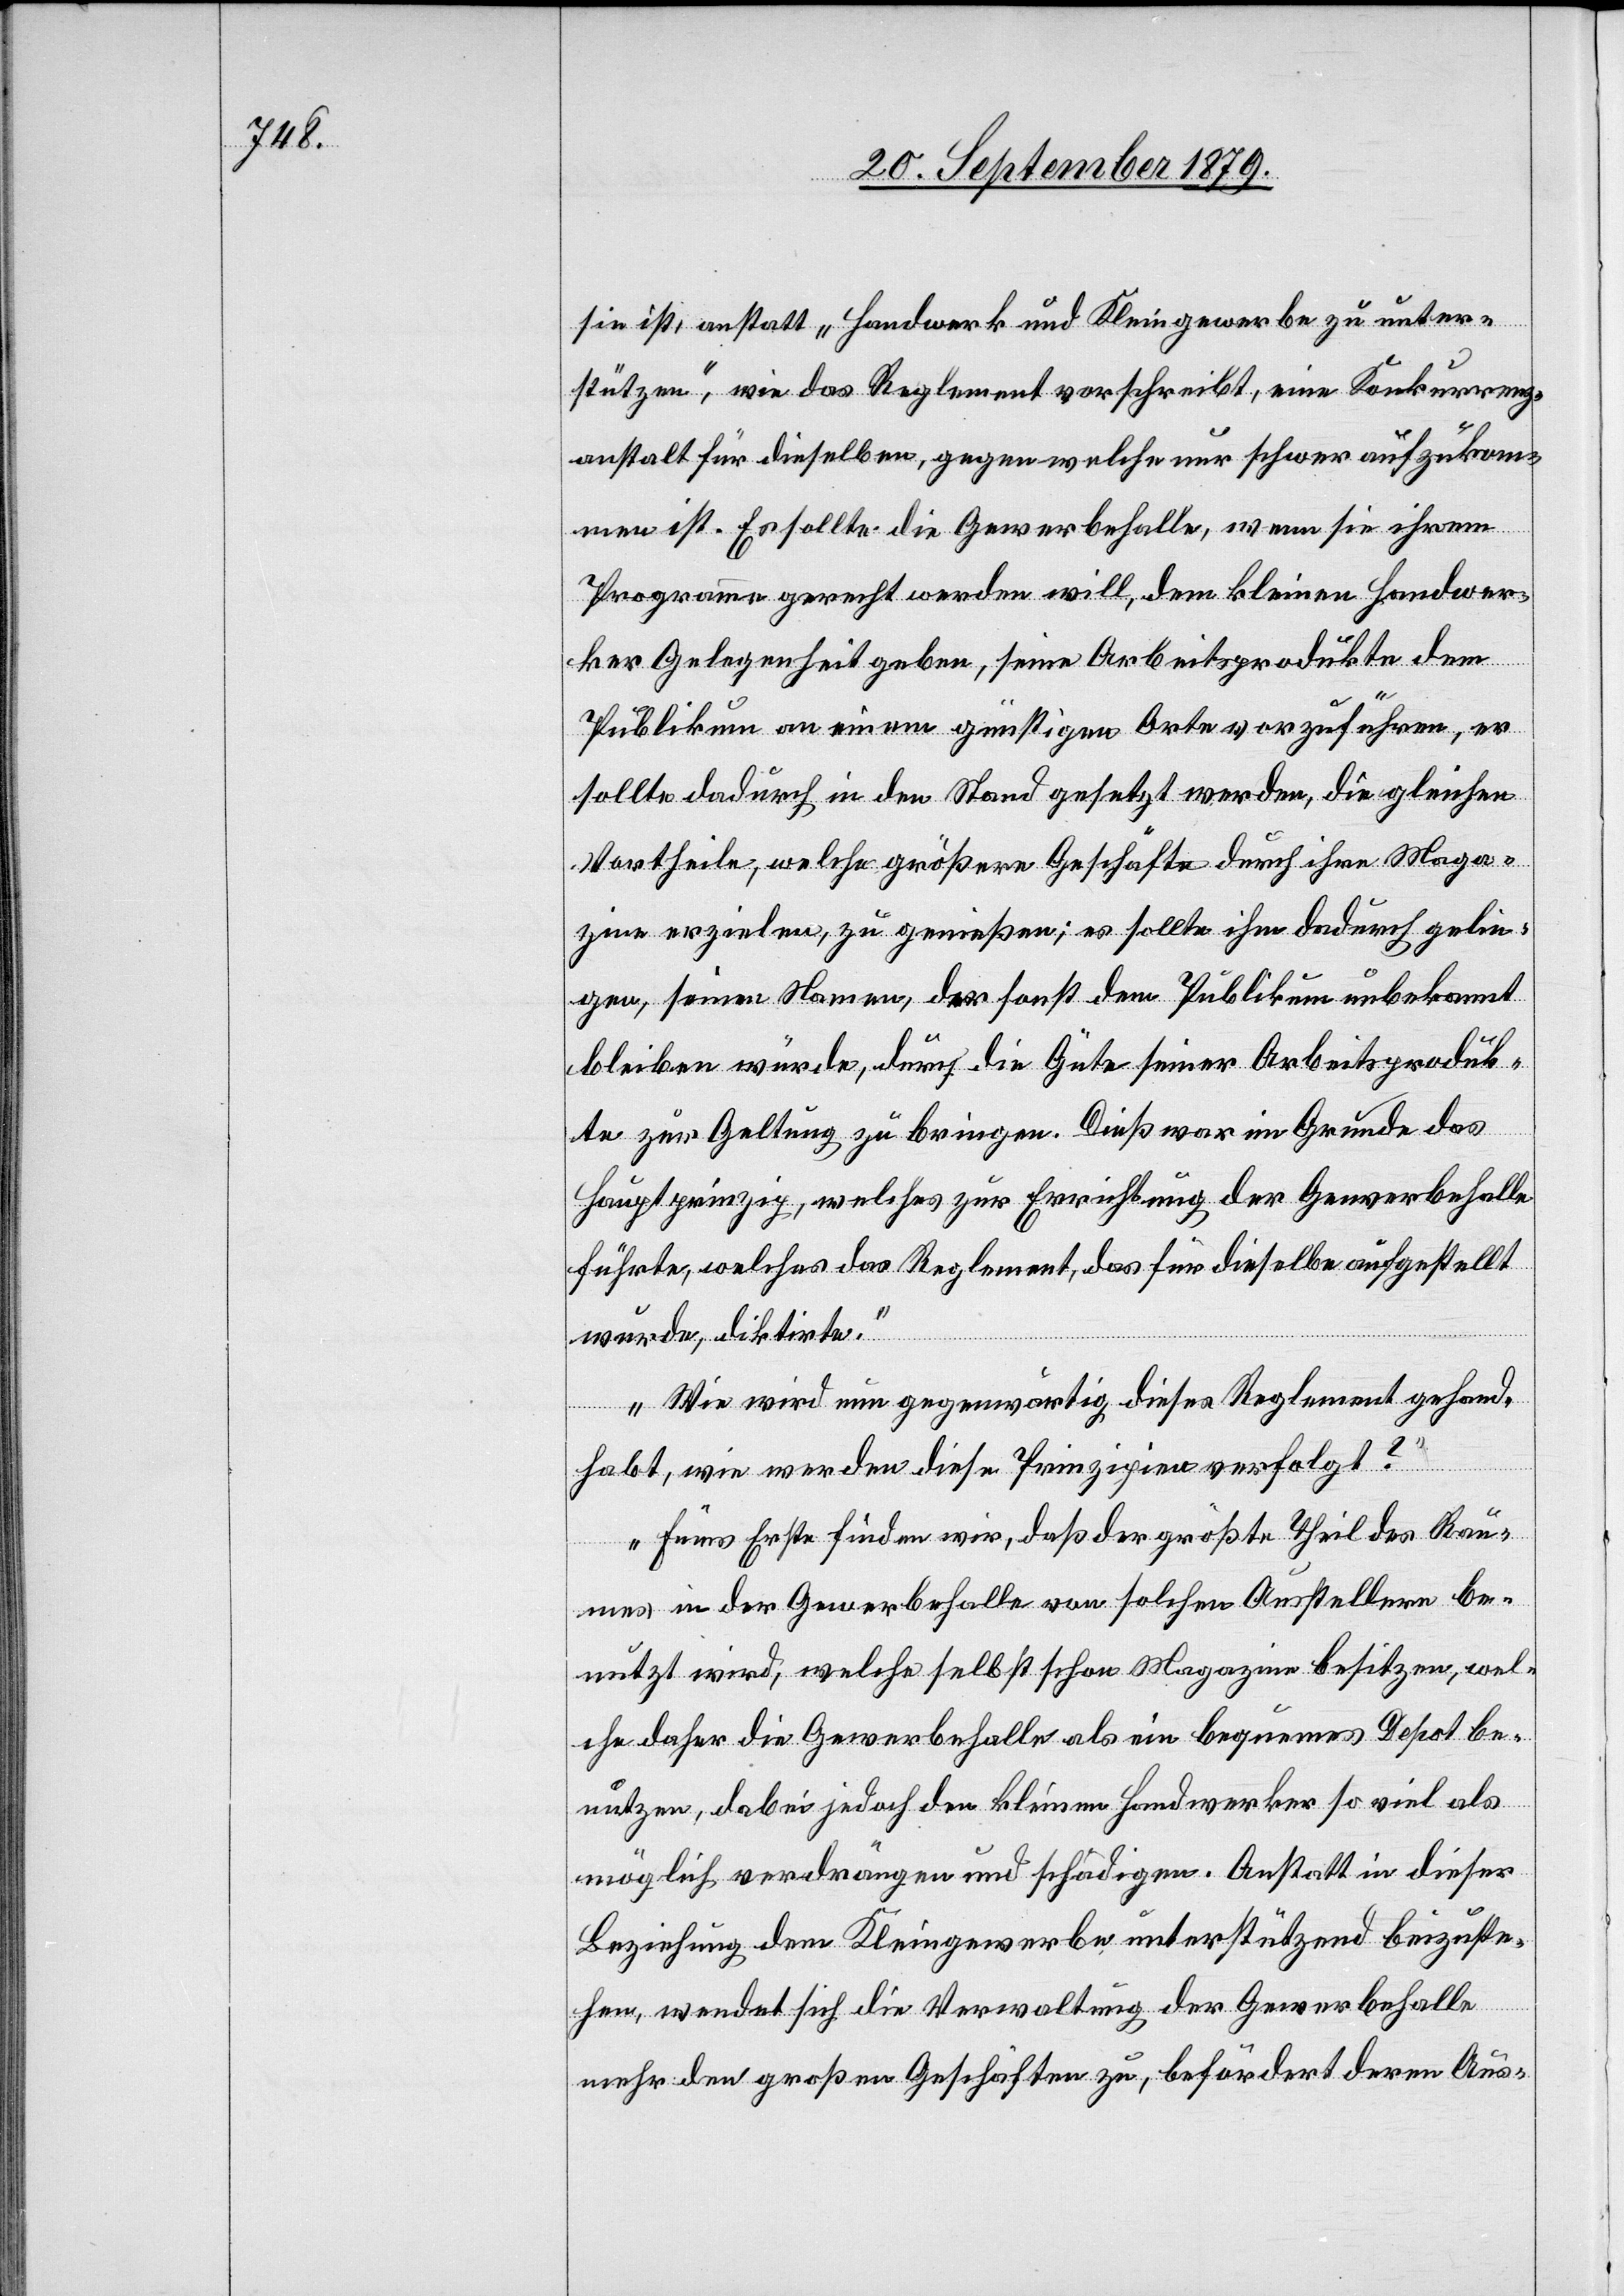
sie ist, anstatt „Handwerk und Kleingewerbe zu unter¬
stützen“, wie das Reglement vorschreibt, eine Konkurrenz¬
anstalt für dieselben, gegen welche nur schwer aufzukom¬
men ist. Es sollte die Gewerbehalle, wenn sie ihrem
Programme gerecht werden will, dem kleinen Handwer¬
ker Gelegenheit geben, seine Arbeitsprodukte dem
Publikum an einem günstigen Orte vorzuführen, er
sollte dadurch in den Stand gesetzt werden, die gleichen
Vortheile, welche größere Geschäfte durch ihre Maga¬
zine erzielen, zu genießen, es sollte ihm dadurch gelin¬
gen, seinen Namen, der sonst dem Publikum unbekannt
bleiben würde, durch die Güte seiner Arbeitsproduk¬
te zur Geltung zu bringen. Dieß war im Grunde das
Hauptprinzip, welches zur Errichtung der Gewerbehalle
führte, welches das Reglement, das für dieselbe aufgestellt
wurde, diktirte.
Wie wird nun gegenwärtig dieses Reglement gehand¬
habt, wie werden diese Prinzipien verfolgt?
Fürs Erste finden wir, daß der größte Theil des Rau¬
mes in der Gewerbehalle von solchen Ausstellern be¬
nutzt wird, welche selbst schon Magazine besitzen, wel¬
che daher die Gewerbehalle als ein bequemes Depot be¬
nutzen, dabei jedoch dem kleinen Handwerker so viel als
möglich verdrängen und schädigen. Anstatt in dieser
Beziehung dem Kleingewerbe unterstützend beizuste¬
hen, wendet sich die Verwaltung der Gewerbehalle
mehr den großen Geschäften zu, befördert deren Aus-